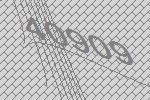
40909